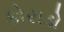
કોરાડો